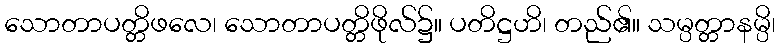
သောတာပတ္တိဖလေ၊ သောတာပတ္တိဖိုလ်၌။ ပတိဋ္ဌဟိ၊ တည်၏။ သမ္ပတ္တာနမ္ပိ၊